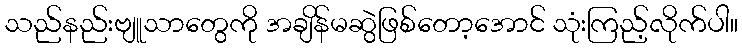
သည်နည်းဗျူသာတွေကို အချိန်မဆွဲဖြစ်တော့အောင် သုံးကြည့်လိုက်ပါ။